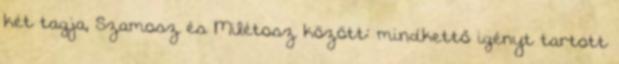
két tagja, Szamosz és Milétosz között: mindkettő igényt tartott